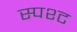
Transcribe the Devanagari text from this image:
स्पश्‍ट